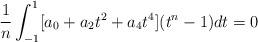
LaTeX: \begin{align*}\frac{1}{n}\int_{-1}^1[a_0+a_2t^2+a_4t^4](t^n-1)dt=0\end{align*}